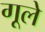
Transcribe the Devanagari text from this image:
गूले